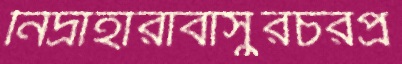
নিদ্রাহারাবাসুরচরপ্র